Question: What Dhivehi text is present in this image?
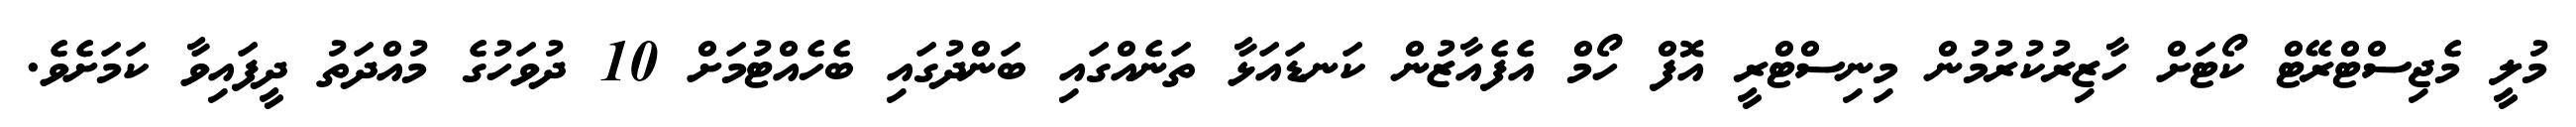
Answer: މުލީ މެޖިސްޓްރޭޓް ކޯޓަށް ހާޒިރުކުރުމުން މިނިސްޓްރީ އޮފް ހޯމް އެފެއާޒުން ކަނޑައަޅާ ތަނެއްގައި ބަންދުގައި ބެހެއްޓުމަށް 10 ދުވަހުގެ މުއްދަތު ދީފައިވާ ކަމަށެވެ.